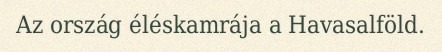
Az ország éléskamrája a Havasalföld.